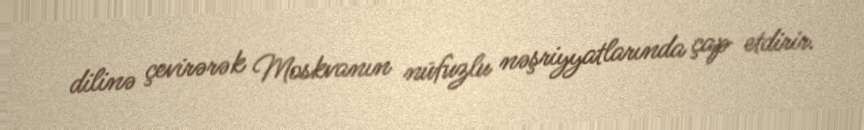
dilinə çevirərək Moskvanın nüfuzlu nəşriyyatlarında çap etdirir.